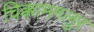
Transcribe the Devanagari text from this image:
चिक्कामगलुर